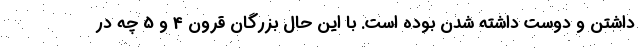
داشتن و دوست داشته شدن بوده است. با این حال بزرگان قرون 4 و 5 چه در